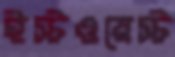
ইস্টওয়েস্ট